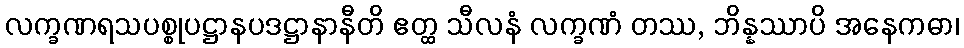
လက္ခဏရသပစ္စုပဋ္ဌာနပဒဋ္ဌာနာနီတိ ဧတ္ထ သီလနံ လက္ခဏံ တဿ, ဘိန္နဿာပိ အနေကဓာ၊